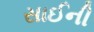
સાઈની